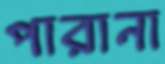
পারানা